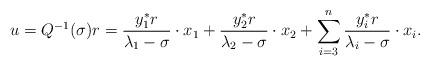
LaTeX: \begin{align*}u=Q^{-1}(\sigma)r=\frac{y^{*}_{1}r}{\lambda_{1}-\sigma}\cdot x_{1} +\frac{y^{*}_{2}r}{\lambda_{2}-\sigma}\cdot x_{2}+\sum^{n}_{i=3}\frac{y^{*}_{i}r}{\lambda_{i}-\sigma}\cdot x_{i}.\end{align*}